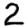
Digit: 2